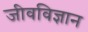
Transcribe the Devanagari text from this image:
जीवविज्ञान